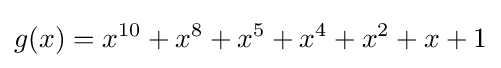
g(x)=x^{10}+x^{8}+x^{5}+x^{4}+x^{2}+x+1